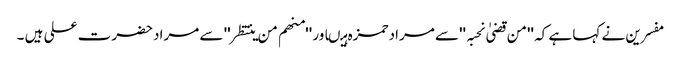
مفسرین نے کہا ہے کہ ''من قضیٰ نحبہ ''سے مرادحمزہ ہیںاور ''منھم من ینتظر'' سے مرادحضرت علی ہیں ۔